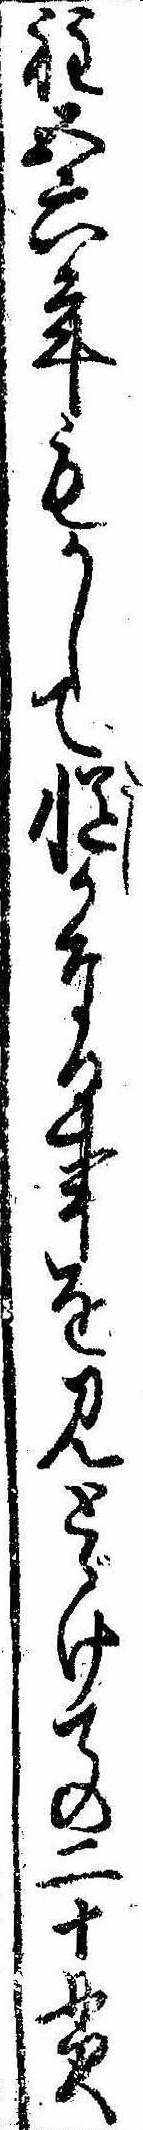
程五六年もかして慥かなる事を見とゞけての二十貫